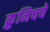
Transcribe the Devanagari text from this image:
क्रुनिचचे